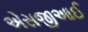
એસજીઆઈ